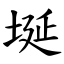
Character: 埏